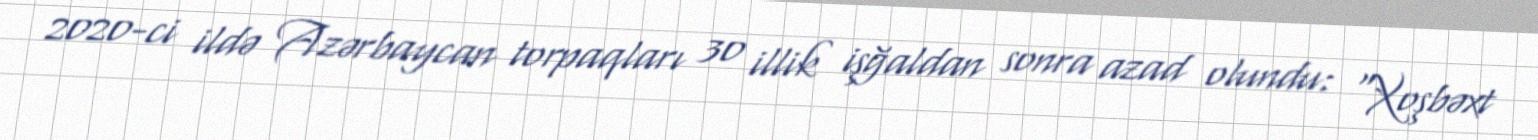
2020-ci ildə Azərbaycan torpaqları 30 illik işğaldan sonra azad olundu: “Xoşbəxt